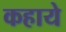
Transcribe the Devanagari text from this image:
कहाये